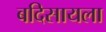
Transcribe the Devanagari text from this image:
बदिसायला